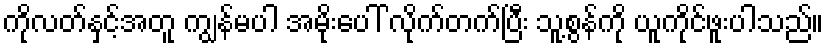
ကိုလတ်နှင့်အတူ ကျွန်မပါ အမိုးပေါ် လိုက်တက်ပြီး သူ့စွန်ကို ယူကိုင်ဖူးပါသည်။